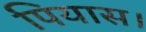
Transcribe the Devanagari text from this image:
पियास।